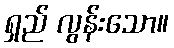
ရှည် လွန်းသော။